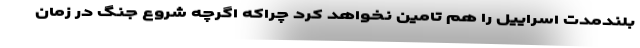
بلندمدت اسراییل را هم تامین نخواهد کرد چراکه اگرچه شروع جنگ در زمان